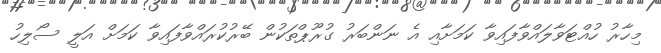
މިހާރު ހުއްޓަވާލައްވާފައިވާ ކަމަށާއި އެ ނަންބަރު ގުރޫޕްތަކުން ބޭރުކުރައްވާފައިވާ ކަމަށް އަލީ ސޯލިހު